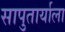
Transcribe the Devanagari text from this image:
सापुतार्याला